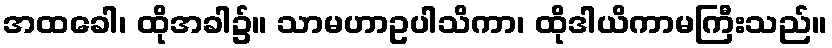
အထခေါ၊ ထိုအခါ၌။ သာမဟာဥပါသိကာ၊ ထိုဒါယိကာမကြီးသည်။